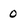
Character: 0